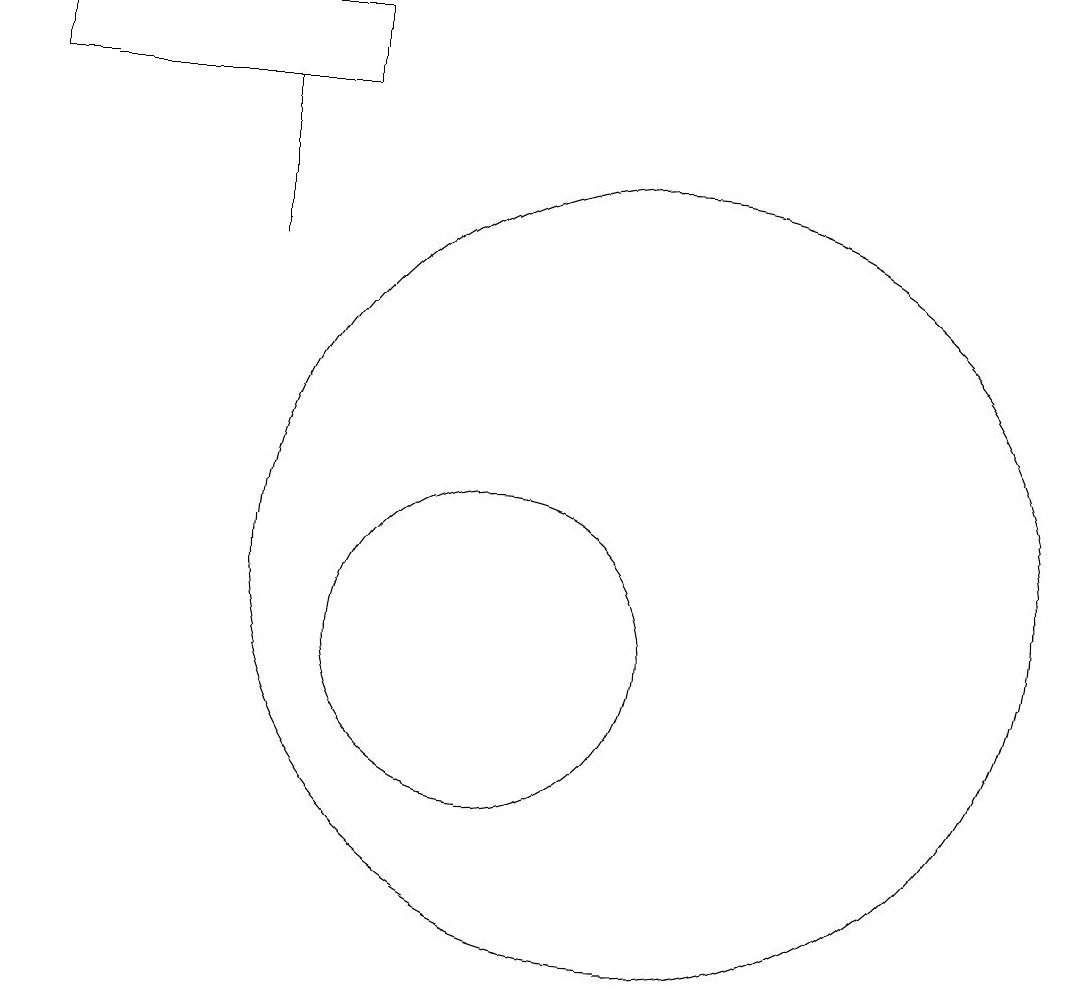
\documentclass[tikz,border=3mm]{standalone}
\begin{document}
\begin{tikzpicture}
\draw (7,17) rectangle (7,15);
\draw (10,10) circle (2);
\draw (12,11) circle (5);
\draw (8,17) rectangle (4,18);
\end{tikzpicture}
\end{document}